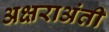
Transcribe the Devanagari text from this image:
अक्षराअंती